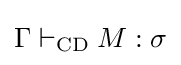
\Gamma \vdash _{\text{CD}}M:\sigma